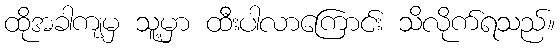
ထိုအခါကျမှ သူ့မှာ ထီးပါလာကြောင်း သိလိုက်ရသည်။